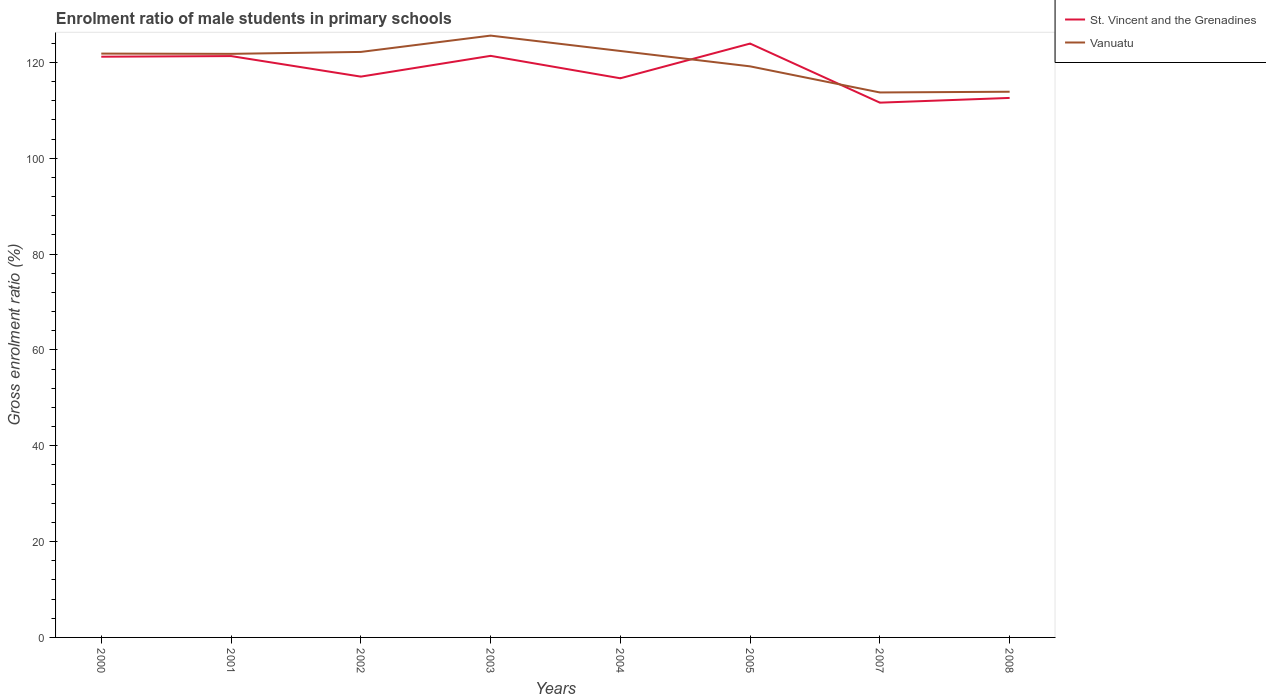
| Years | St. Vincent and the Grenadines | Vanuatu |
 | --- | --- | --- |
 | 2000 | 121 | 122 |
 | 2001 | 121 | 122 |
 | 2002 | 117 | 122 |
 | 2003 | 121 | 126 |
 | 2004 | 117 | 122 |
 | 2005 | 124 | 119 |
 | 2007 | 112 | 114 |
 | 2008 | 113 | 114 |